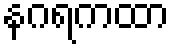
နဂရကထာ